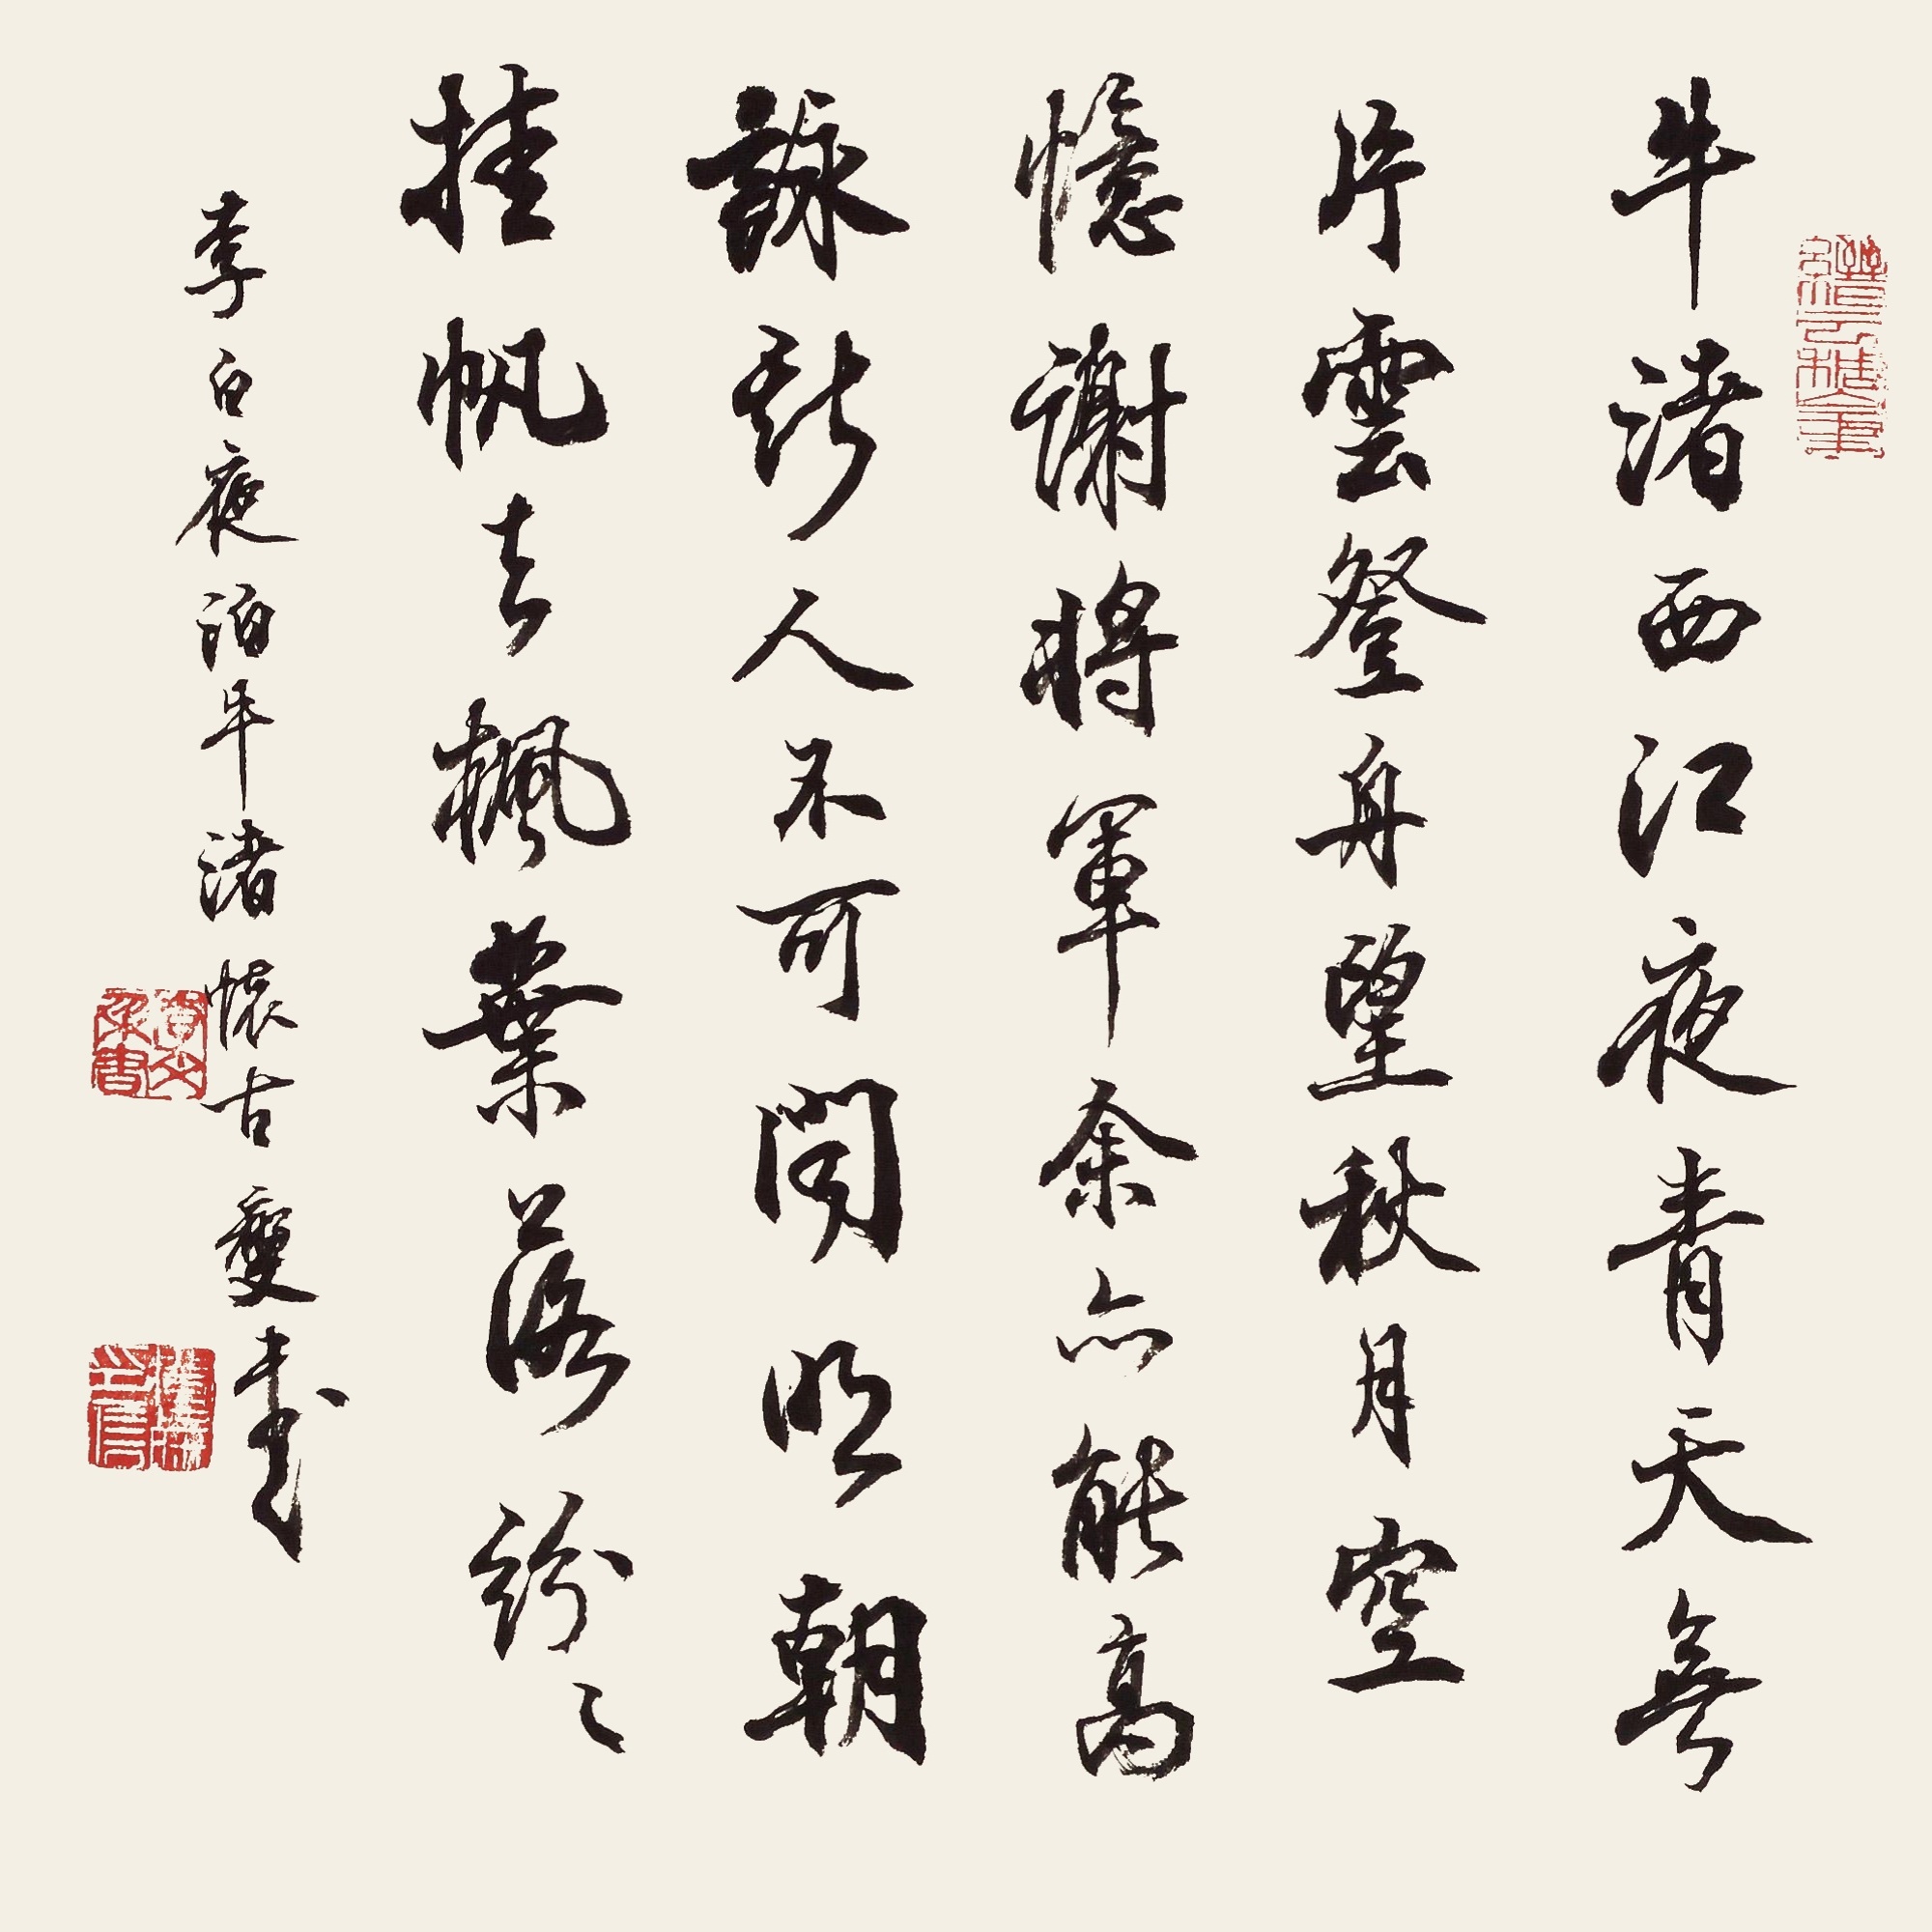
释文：牛渚西江夜，青天无片云。登舟望秋月，空忆谢将军。余亦能高咏，斯人不可闻。明朝挂帆席，枫叶落纷纷。李白夜泊牛渚怀古。李文采书。